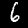
Digit: 6